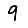
Digit: 9